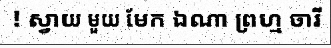
! ស្វាយ មួយ មែក ឯណា ព្រហ្ម ចារី